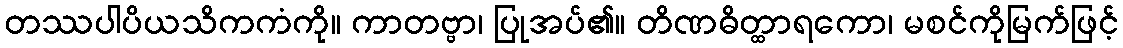
တဿပါပိယသိကကံကို။ ကာတဗ္ဗာ၊ ပြုအပ်၏။ တိဏဓိတ္ထာရကော၊ မစင်ကိုမြက်ဖြင့်